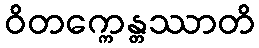
ဝိတက္ကေန္တဿာတိ